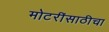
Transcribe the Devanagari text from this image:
मोटरींसाठीचा